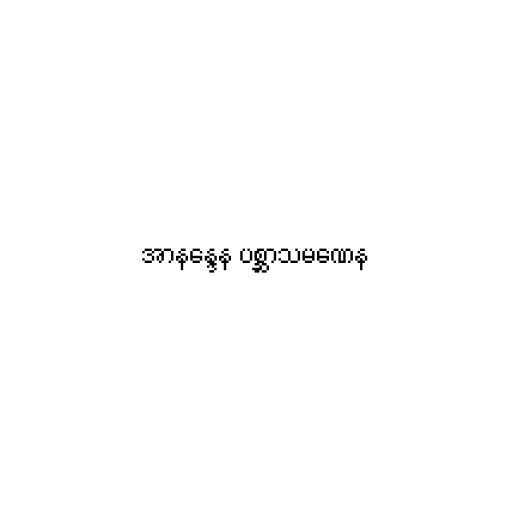
အာနန္ဒေန ပစ္ဆာသမဏေန